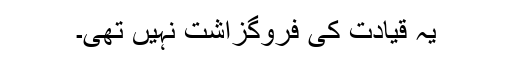
یہ قیادت کی فروگزاشت نہیں تھی۔